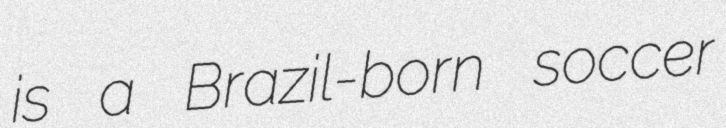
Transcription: is a Brazil-born soccer